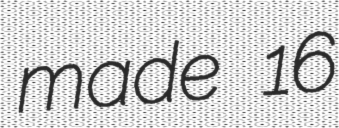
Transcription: made 16